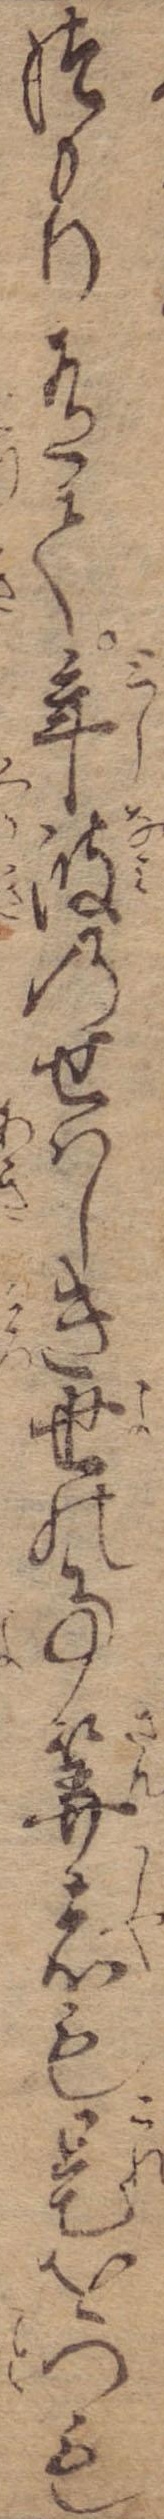
つもり有て年波のせはしき世の事算者も是をつも